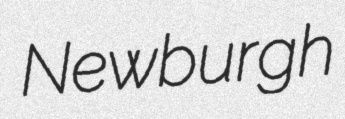
Newburgh